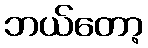
ဘယ်တော့